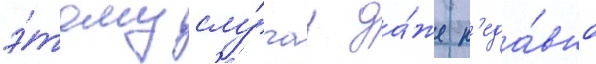
э́тому слу́чау да́же н'еда́вно